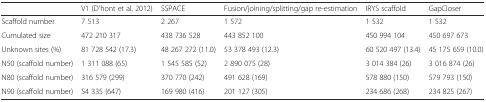
|  | V1 (D'hont et al. 2012) | SSPACE | Fusion/joining/splitting/gap re-estimation | IRYS scaffold | GapCloser |
 | --- | --- | --- | --- | --- | --- |
 | Scaffold number | 7 513 | 2 267 | 1 572 | 1 532 | 1 532 |
 | Cumulated size | 472 210 317 | 438 736 528 | 443 852 100 | 450 994 104 | 450 697 673 |
 | Unknown sites (%) | 81 728 542 (17.3) | 48 267 272 (11.0) | 53 378 493 (12.3) | 60 520 497 (13.4) | 45 175 659 (10.0) |
 | N50 (scaffold number) | 1 311 088 (65) | 1 545 585 (52) | 2 890 075 (28) | 3 014 384 (26) | 3 016 874 (26) |
 | N80 (scaffold number) | 316 579 (299) | 370 770 (242) | 491 628 (169) | 578 880 (150) | 579 793 (150) |
 | N90 (scaffold number) | 54 335 (647) | 169 980 (416) | 201 127 (305) | 234 686 (268) | 234 825 (267) |